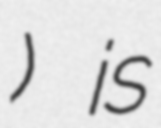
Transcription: বাপ্পী) is